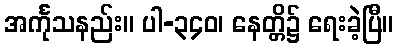
အင်္ကုသနည်း။ ပါ-၃၄၀၊ နေတ္တိ၌ ရေးခဲ့ပြီ။